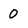
Character: 0